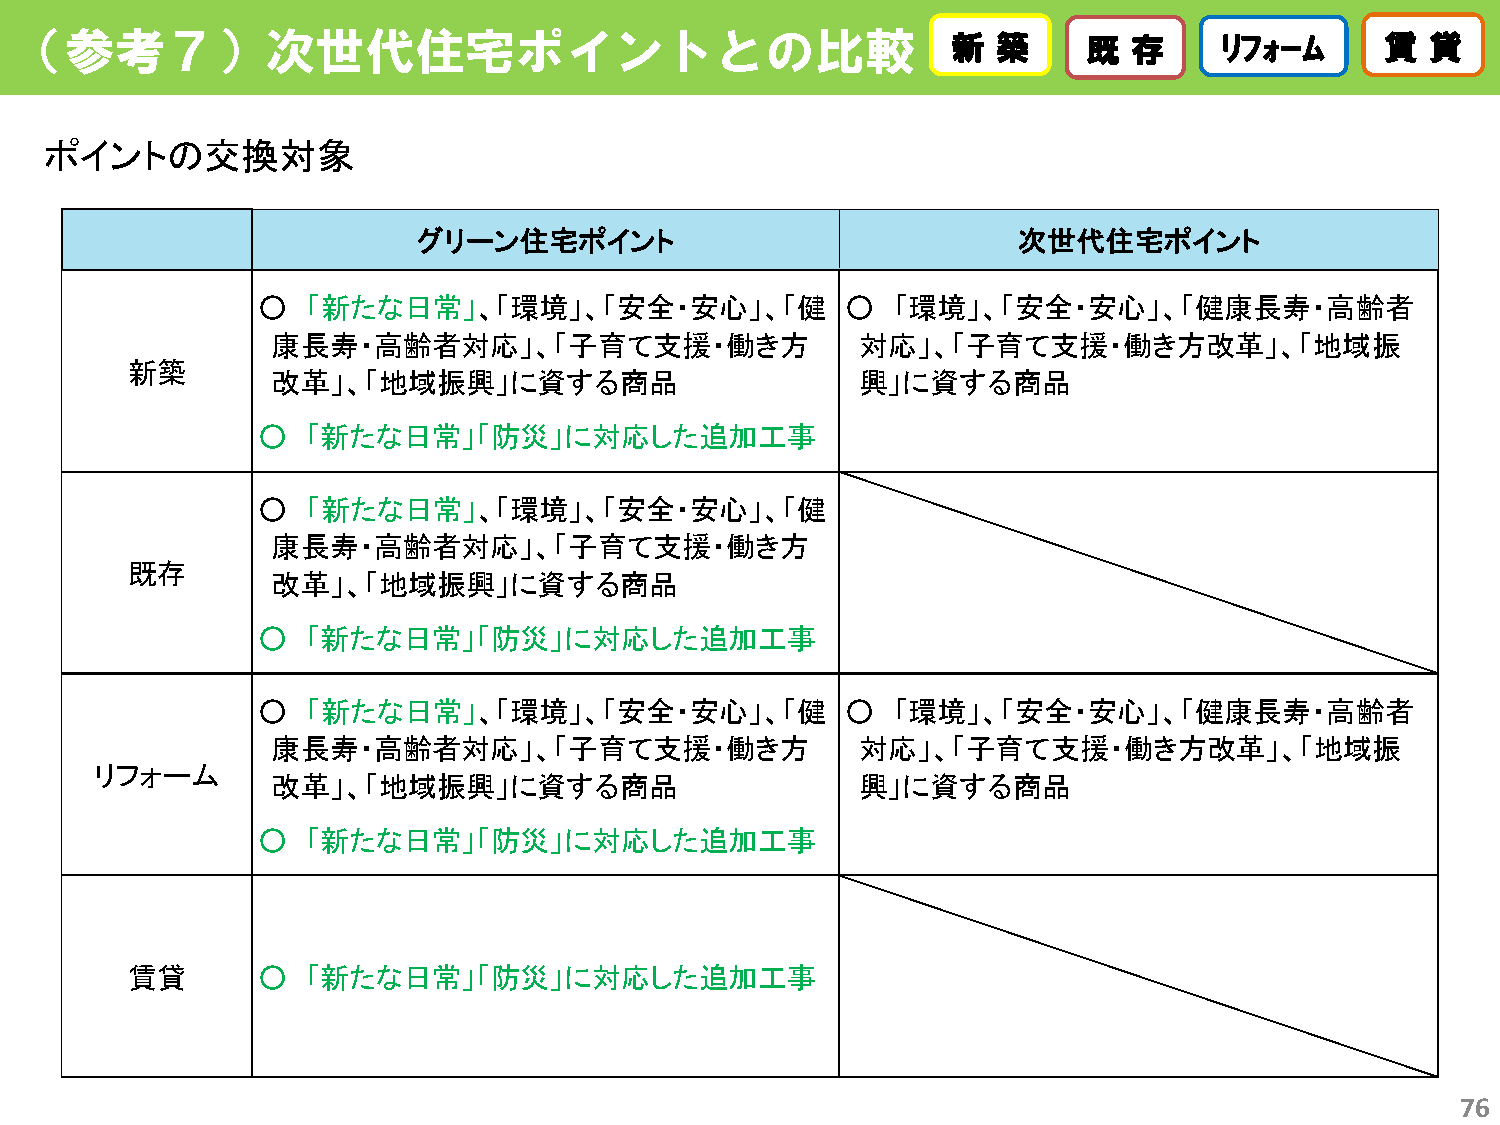
（参考７）次世代住宅ポイントとの比較                                            新新 築築    既既 存存    ﾘﾘﾌﾌｫｫｰｰﾑﾑ 賃賃 貸貸
 ポイントの交換対象
 グリーン住宅ポイント                             次世代住宅ポイント
 ○  「新たな日常」、「環境」、「安全・安心」、「健             ○  「環境」、「安全・安心」、「健康長寿・高齢者
 康長寿・高齢者対応」、「子育て支援・働き方                  対応」、「子育て支援・働き方改革」、「地域振
 新築
 改革」、「地域振興」に資する商品                       興」に資する商品
 ○  「新たな日常」「防災」に対応した追加工事
 ○  「新たな日常」、「環境」、「安全・安心」、「健
 康長寿・高齢者対応」、「子育て支援・働き方
 既存
 改革」、「地域振興」に資する商品
 ○  「新たな日常」「防災」に対応した追加工事
 ○  「新たな日常」、「環境」、「安全・安心」、「健             ○  「環境」、「安全・安心」、「健康長寿・高齢者
 康長寿・高齢者対応」、「子育て支援・働き方                  対応」、「子育て支援・働き方改革」、「地域振
 リフォーム
 改革」、「地域振興」に資する商品                       興」に資する商品
 ○  「新たな日常」「防災」に対応した追加工事
 賃貸       ○  「新たな日常」「防災」に対応した追加工事
 76